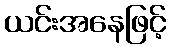
ယင်းအနေဖြင့်